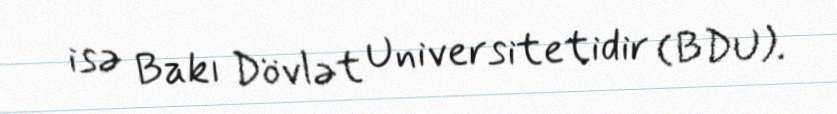
isə Bakı Dövlət Universitetidir (BDU).